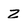
Character: Z